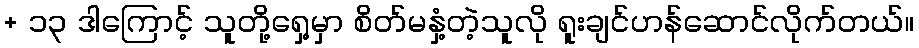
+ ၁၃ ဒါကြောင့် သူတို့ရှေ့မှာ စိတ်မနှံ့တဲ့သူလို ရူးချင်ဟန်ဆောင်လိုက်တယ်။